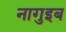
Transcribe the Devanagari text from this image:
नागुइब